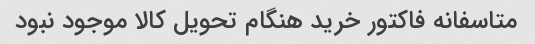
متاسفانه فاکتور خرید هنگام تحویل کالا موجود نبود